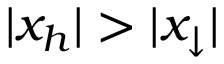
| x _ { h } | > | x _ { \downarrow } |